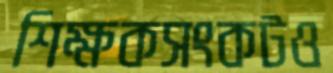
শিক্ষকসংকটও